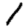
Digit: 1